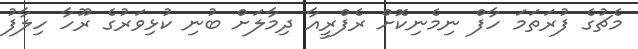
މެޗުގެ ފުރަތަމަ ހާފް ނިމެނިކޮށް ރެފްރީއާ ދިމާލަށް ބުނި ކުޅިވަރުގެ ރޫހާ ހިލާފު